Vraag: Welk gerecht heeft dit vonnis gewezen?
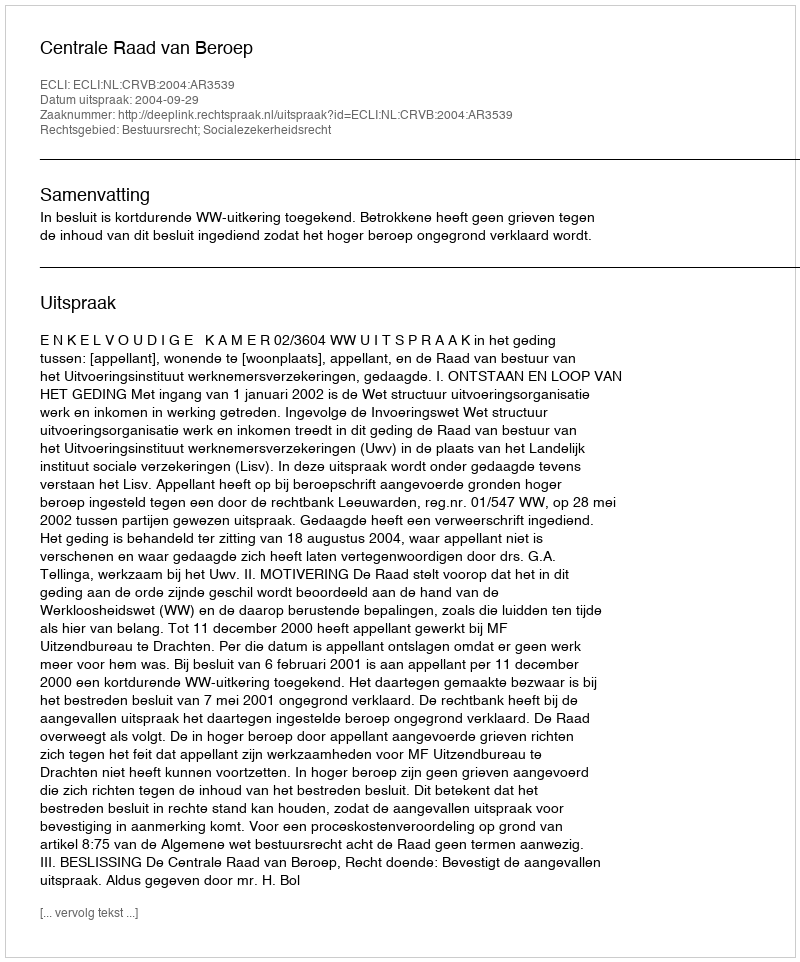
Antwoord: Centrale Raad van Beroep